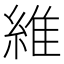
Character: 維